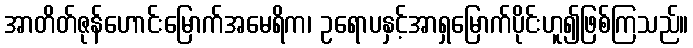
အာတိတ်ဇုန်ဟောင်းမြောက်အမေရိက၊ ဥရောပနှင့်အာရှမြောက်ပိုင်းဟူ၍ဖြစ်ကြသည်။